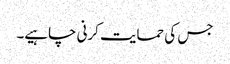
جس کی حمایت کرنی چاہیے۔